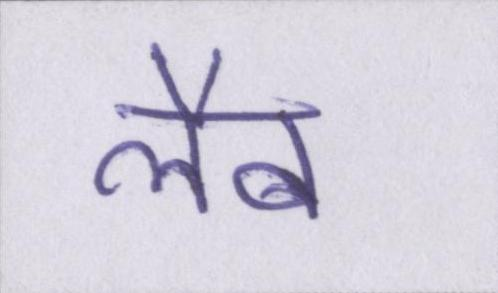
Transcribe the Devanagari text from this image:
लैब